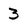
Character: 3